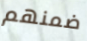
ضمنهم